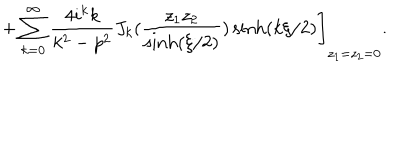
\left. + \sum _ { k = 0 } ^ { \infty } \frac { 4 i ^ { k } k } { k ^ { 2 } - p ^ { 2 } } J _ { k } ( \frac { z _ { 1 } z _ { 2 } } { \sinh ( \xi / 2 ) } ) \sinh ( k \xi / 2 ) \right] _ { z _ { 1 } = z _ { 2 } = 0 } .